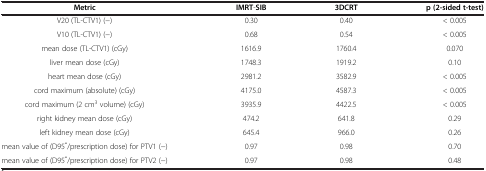
<table><thead><tr><td><b>Metric</b></td><td><b>IMRT-SIB</b></td><td><b>3DCRT</b></td><td><b>p (2-sided t-test)</b></td></tr></thead><tbody><tr><td>V20 (TL-CTV1) (−)</td><td>0.30</td><td>0.40</td><td>&lt; 0.005</td></tr><tr><td>V10 (TL-CTV1) (−)</td><td>0.68</td><td>0.54</td><td>&lt; 0.005</td></tr><tr><td>mean dose (TL-CTV1) (cGy)</td><td>1616.9</td><td>1760.4</td><td>0.070</td></tr><tr><td>liver mean dose (cGy)</td><td>1748.3</td><td>1919.2</td><td>0.10</td></tr><tr><td>heart mean dose (cGy)</td><td>2981.2</td><td>3582.9</td><td>&lt; 0.005</td></tr><tr><td>cord maximum (absolute) (cGy)</td><td>4175.0</td><td>4587.3</td><td>&lt; 0.005</td></tr><tr><td>cord maximum (2 cm<sup>3</sup> volume) (cGy)</td><td>3935.9</td><td>4422.5</td><td>&lt; 0.005</td></tr><tr><td>right kidney mean dose (cGy)</td><td>474.2</td><td>641.8</td><td>0.29</td></tr><tr><td>left kidney mean dose (cGy)</td><td>645.4</td><td>966.0</td><td>0.26</td></tr><tr><td>mean value of (D95<sup>*</sup>/prescription dose) for PTV1 (−)</td><td>0.97</td><td>0.98</td><td>0.70</td></tr><tr><td>mean value of (D95<sup>*</sup>/prescription dose) for PTV2 (−)</td><td>0.97</td><td>0.98</td><td>0.48</td></tr></tbody></table>